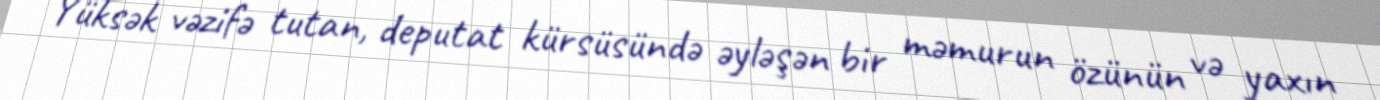
Yüksək vəzifə tutan, deputat kürsüsündə əyləşən bir məmurun özünün və yaxın